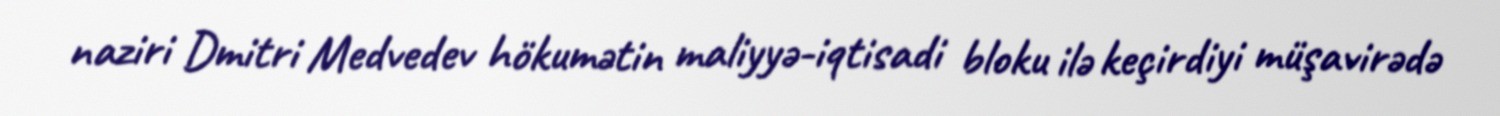
naziri Dmitri Medvedev hökumətin maliyyə-iqtisadi bloku ilə keçirdiyi müşavirədə